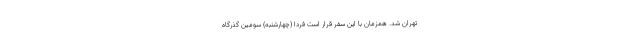
تهران شد. همزمان با این سفر قرار است فردا (چهارشنبه) سومین گذرگاه